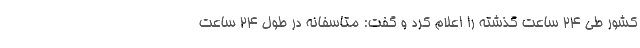
کشور طی ۲۴ ساعت گذشته را اعلام کرد و گفت: متاسفانه در طول ۲۴ ساعت